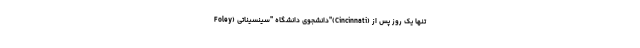
Foley) دانشجوی دانشگاه "سینسیناتی"(Cincinnati) تنها یک روز پس از